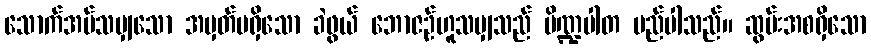
သောက်အပ်သမျှသော အမှတ်မရှိသော ခဲဖွယ် ဘောဇဉ်ဟူသမျှသည် ပိဏ္ဍပါတ မည်ပါသည်။ ဆွမ်းအစရှိသော